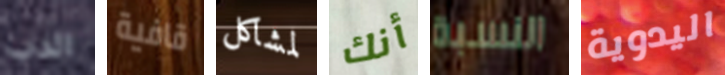
الدب قافية لمشاكل أنك النسبة اليدوية